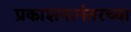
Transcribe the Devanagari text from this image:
प्रकाशनानंतरच्या